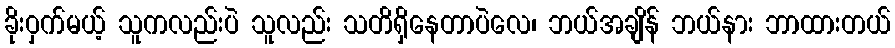
ခိုးဝှက်မယ့် သူကလည်းပဲ သူလည်း သတိရှိနေတာပဲလေ၊ ဘယ်အချိန် ဘယ်နား ဘာထားတယ်